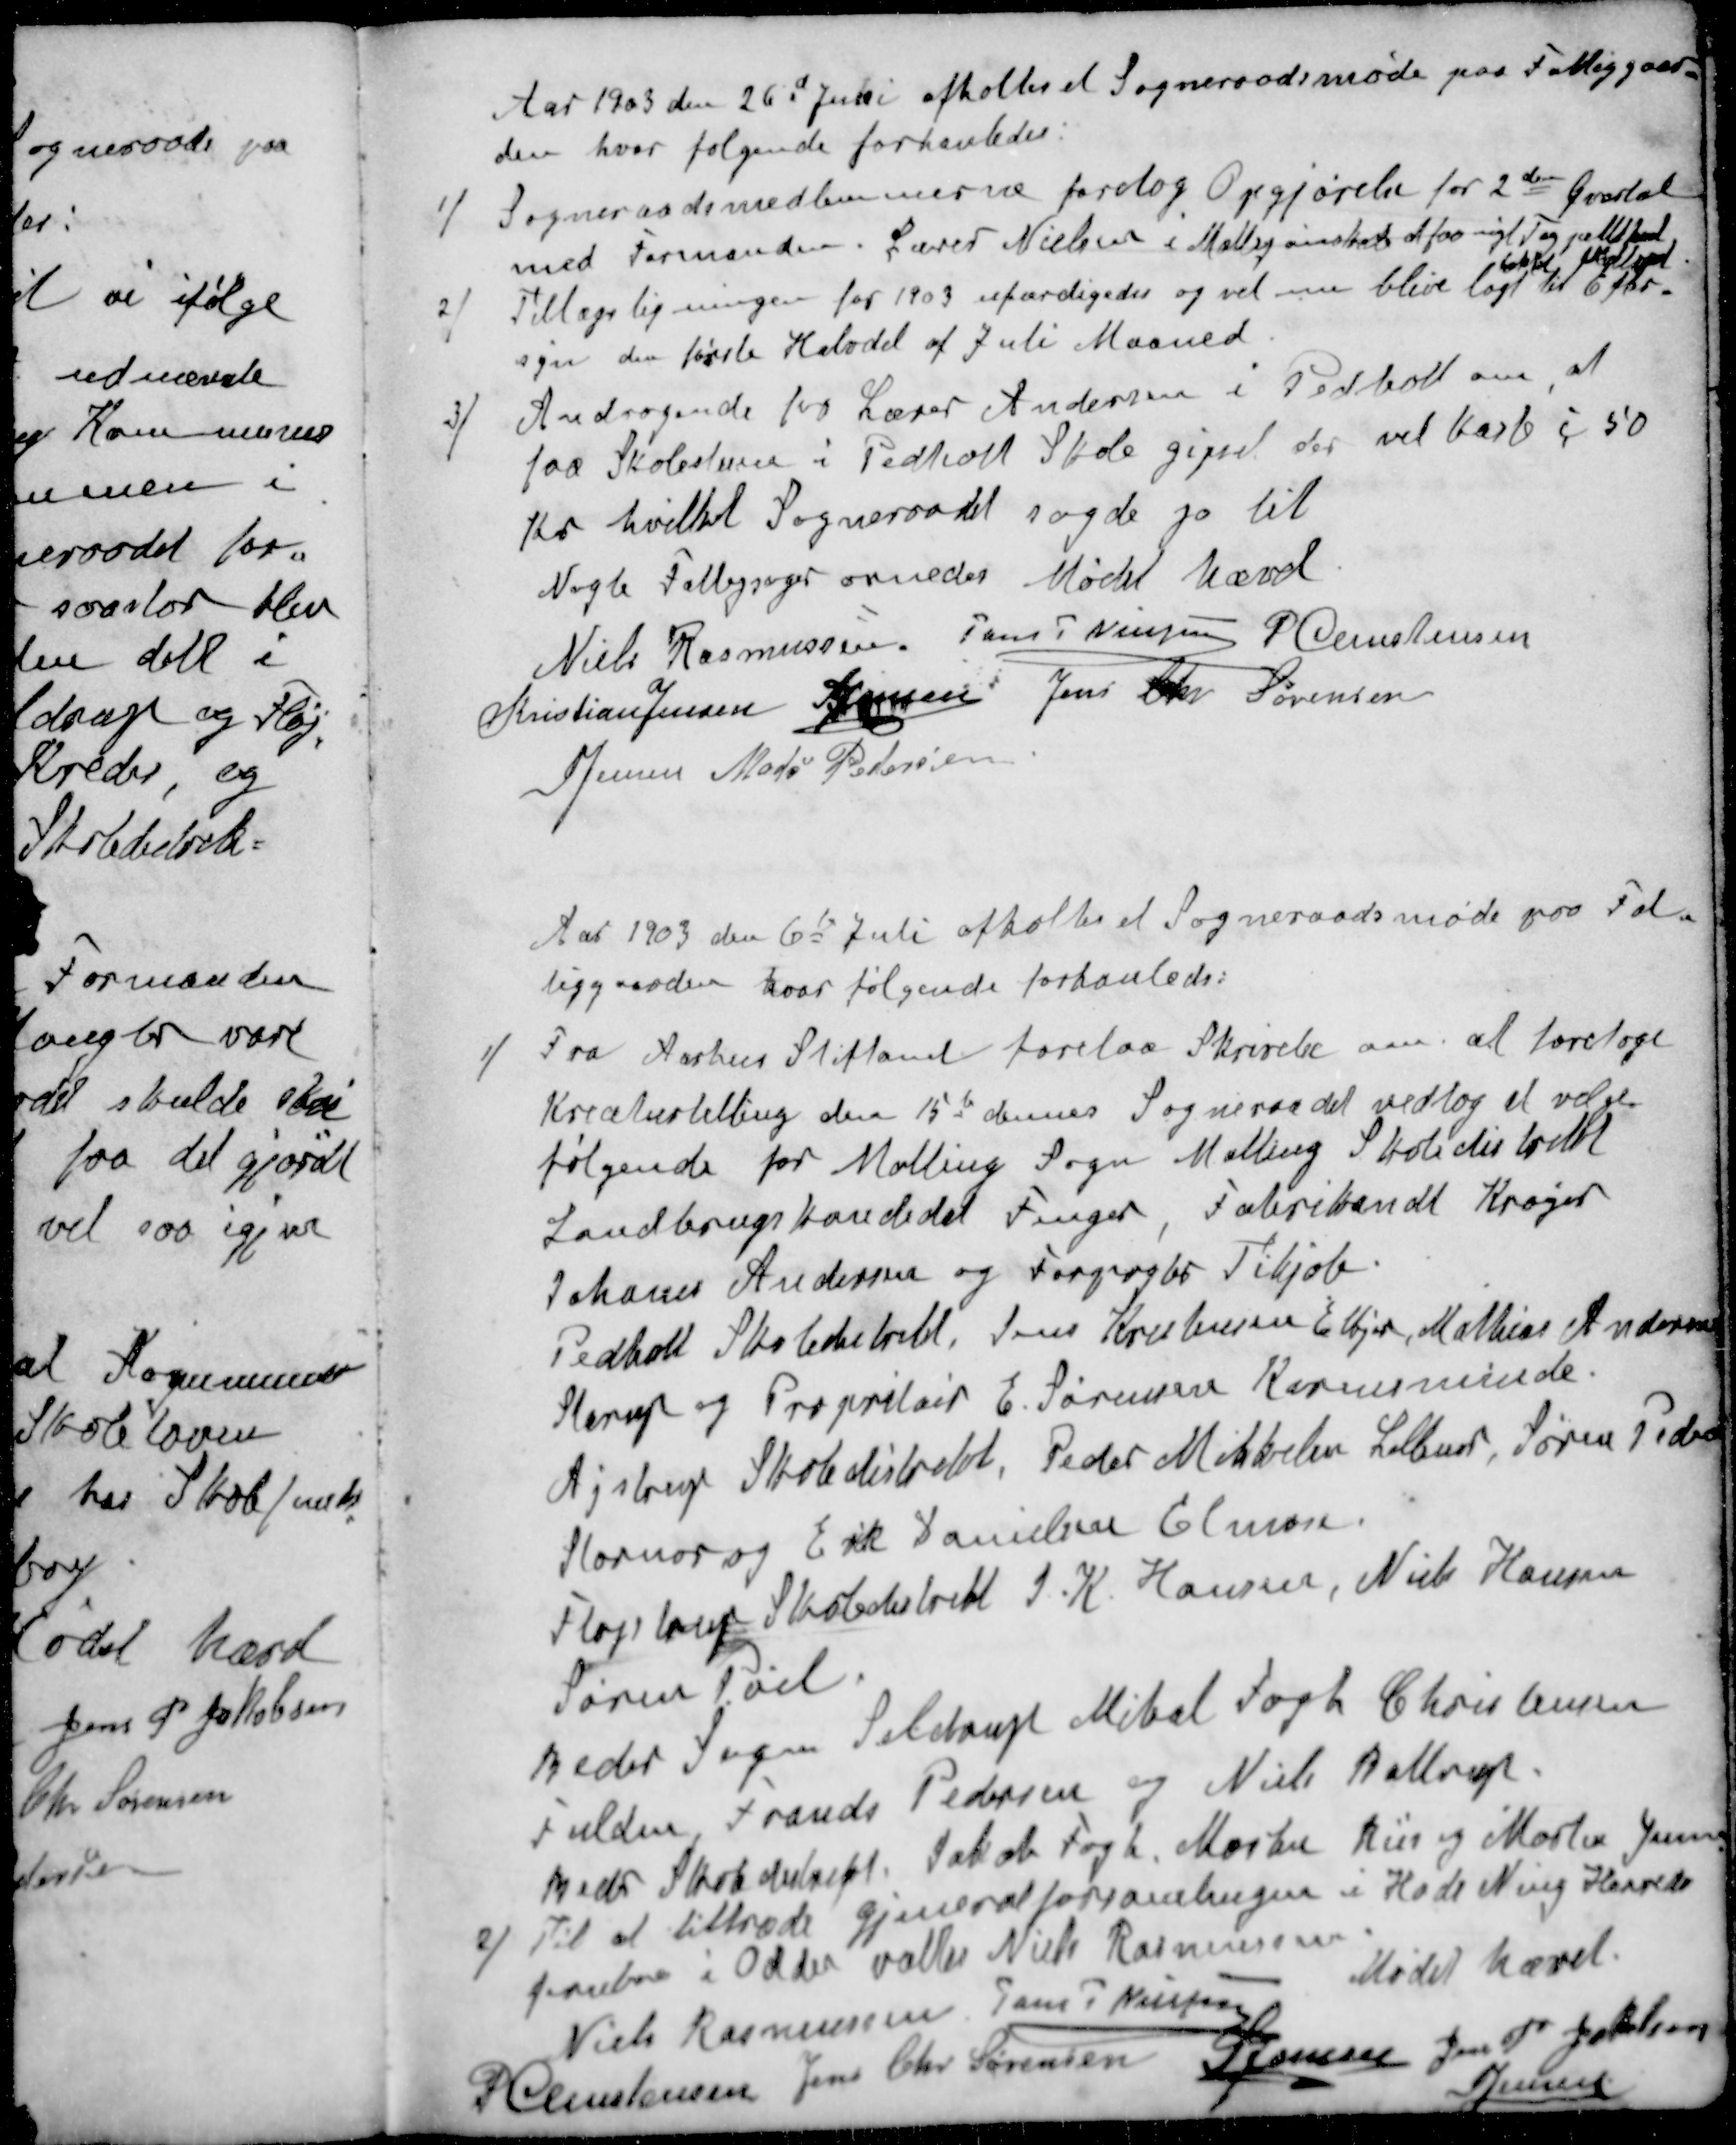
Transskription:
Aar 1903 den 26d Juli afholtes et Sogneraadsmøde paa Fattiggaar-
den hvor følgende forhanledes:
1 / Sogneraadsmedlemmerne foretog Opgjørelse for 2den Kvartal
med Formanden. Lærer Nielsen i Malling ønsker at faa nyt tag 
 
2 / Tillægsligningen for 1903 ufærdigedes og vil nu blive lagt til Efter-
syn den første Halvdel af Juli Maaned.
3 / Andragende fra Lærer Andersen i Pedholt om, at
faa Skolestuen i Pedholt Skole gipset der vil koste c 50
Kr hvilket Sogneraadet sagde ja til
Nogle Fattigsager ornedes Mødet hævet
Niels Rasmussen
Jens P Nielsen
P Christensen
Kristian Jensen
S Jensen
Jens Chr Sørensen
S Jensen
Mads Pedersen
Aar 1903 den 6te Juli afholtes et Sogneraadsmøde paa Fat-
tiggaarden, hvor følgende forhanledes
1 / Fra Aarhus Stiftamt forelaa Skrivelse om at foretage
Kreaturtælling den 15d dennes Sogneraadet vedtog at vælge
følgende for Malling Sogn Malling Skoledistrikt
Landbrugskandidat Fenger, Fabrikandt Krøjer
Johanes Andersen og Forpagtes Tikjøb
Pedholt Skoledistrikt, Jens Kristensen Elkjær, Mathias Andersen
Starup og Propritær E. Sørensen Karensminde.
Ajstrup Skoledistrakt, Peder Mikkelen Lillenor, Søren Pedersen
Stornor og Erik Danielsen Elmose.
Fløjstrup Skoledistrikt J. K. Hansen, Niels Hansen
Søren Pøel.
Beder Sogn Seldrup Mikal Fogh Christensen
Fulden Frands Pedersen og Niels Baltrup
Beder Skoledistrikt. Jakob Fogh Martin Rüe og Morten Jensen
Til at tiltræde gjeneralforsamlingen i Hads Ning Herreds
Jernbane i Odder valtes Niels Rasmussen
Mødet hævet.
Niels Rasmussen
Jens P Nielsen
P Christensen
Jens Chr Sørensen
S Jensen
Jens P Jakobsen
S Jensen